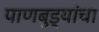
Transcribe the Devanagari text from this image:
पाणबुड्यांचा